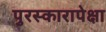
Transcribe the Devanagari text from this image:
पुरस्कारापेक्षा